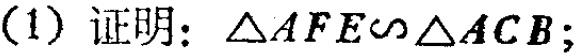
(1) 证明：$\triangle AFE\sim\triangle ACB$;